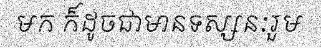
មក ក៏ដូចជាមានទស្សនៈរួម